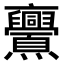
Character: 𠆠